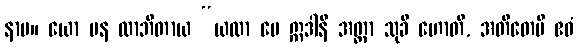
နာမ။ ယော ပန လာဘိတာယ “ယထာ မေ ဣဒါနိ အတ္တာ သုခီ ဟောတိ, အတီတေပိ ဧဝံ